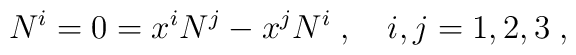
N^i  = 0 = x^i N^j - x^j N^i  \; , \quad i,j = 1,2,3 \; ,